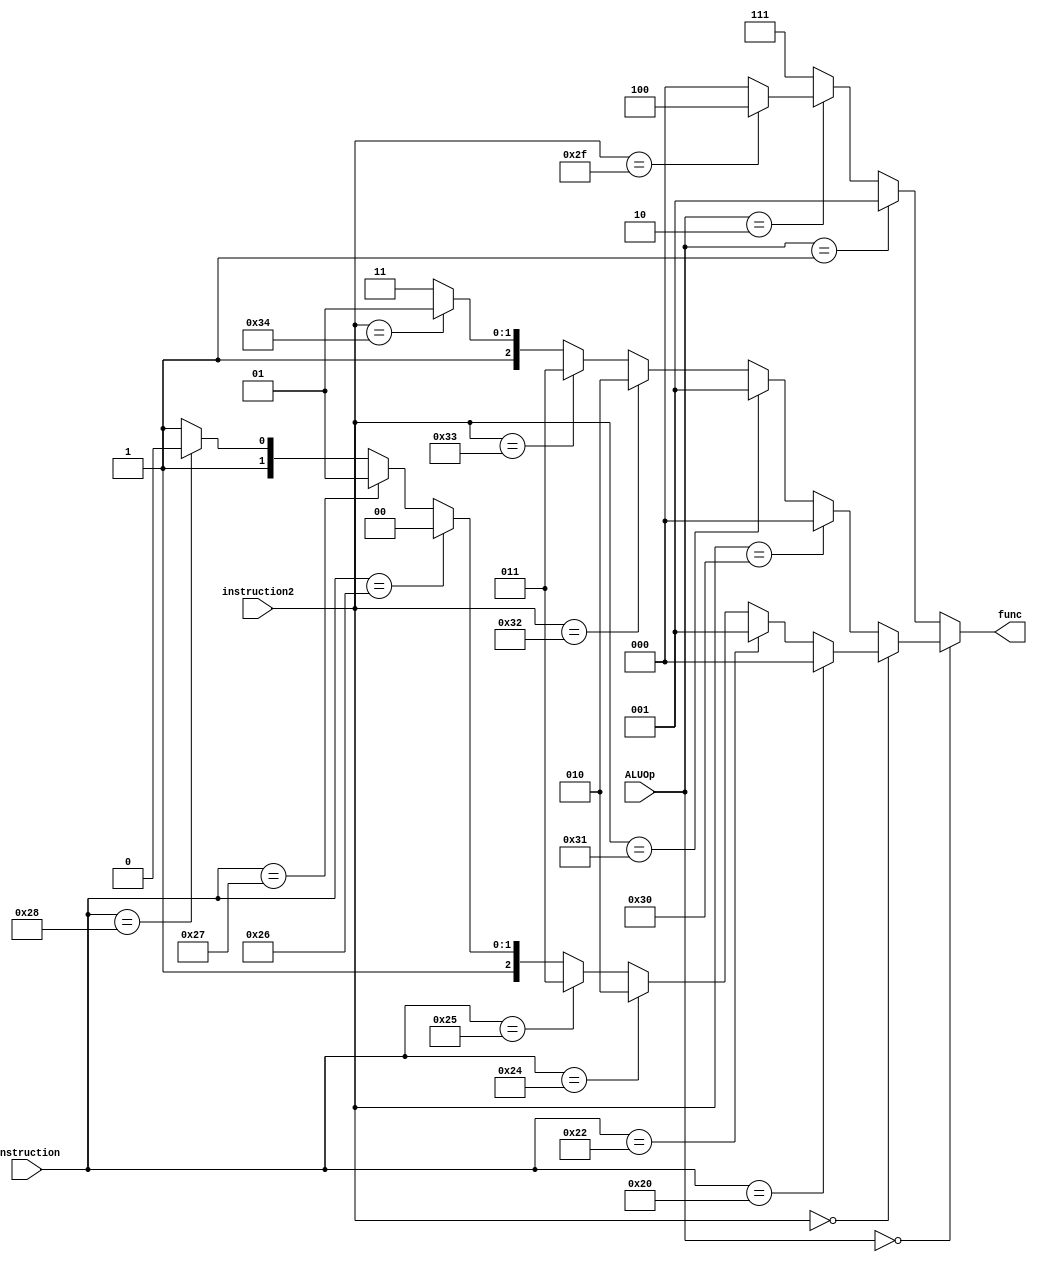
`timescale 1ns / 1ns

module ALU_control(
     input [5:0] instruction2,
	 input [5:0] instruction,
	 input [1:0] ALUOp,
	 output reg [2:0] func
    );

 always @(*) begin
	if (ALUOp == 2'b00) begin  
	   if (instruction2 == 6'b00_0000) begin
		  if (instruction == 6'h20) 
		  func = 3'd0;
		  else if (instruction == 6'h22)
		  func = 3'd1;
		  else if (instruction == 6'h24)
		  func = 3'd2;
		  else if (instruction == 6'h25)
		  func = 3'd3;
		  else if (instruction == 6'h26)
		  func = 3'd4;
		  else if (instruction == 6'h27)
		  func = 3'd5;
		  else if (instruction == 6'h28)
		  func = 3'd6;
		  else
		  func = 3'd7; end  
		  
        else begin
          if (instruction2 == 6'b11_0000)
          func = 3'd0;
          else if (instruction2 == 6'b11_0001) 
          func = 3'd1;
          else if (instruction2 == 6'b11_0010)
          func = 3'd2;
          else if (instruction2 == 6'b11_0011)
          func = 3'd3;
          else if (instruction2 == 6'b11_0100)
          func = 3'd5; 
          else 
          func = 3'd7; end
                       
	end else if (ALUOp == 2'b01) begin
        func = 3'd1;
    end else if (ALUOp == 2'b10) begin
        if (instruction2 == 6'b10_1111)
            func = 3'd4;
        else
            func = 3'd0;            
	end else begin
		func = 3'd7;
	end
end


endmodule